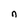
Character: n